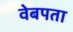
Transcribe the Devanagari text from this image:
वेबपता